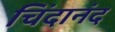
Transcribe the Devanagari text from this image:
चिंदानंद